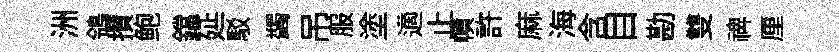
洲鴒攢鲍鐺延駁蠲吊服塗適止幘許麻海含目勘雙禆厘